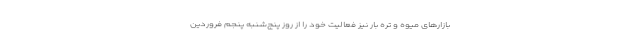
بازارهای میوه و تره بار نیز فعالیت خود را از روز پنج‌شنبه پنجم فروردین